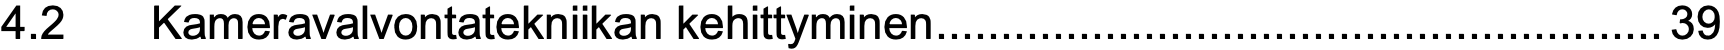
4.2  Kameravalvontatekniikan kehittyminen........................................................39